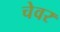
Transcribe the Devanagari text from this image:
चेवर